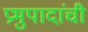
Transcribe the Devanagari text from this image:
प्रभुपादांची